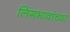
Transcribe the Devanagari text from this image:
लिंगभावांच्या